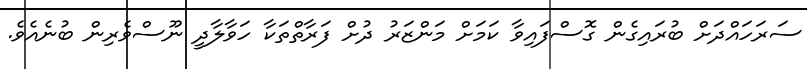
ސަރަހައްދަށް ބުރައިގެން ގޮސްފައިވާ ކަމަށް މަންޒަރު ދުށް ފަރާތްތަކާ ހަވާލާދީ ނޫސްވެރިން ބުނެއެވެ.